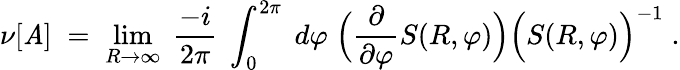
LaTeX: \nu[\mathit{A}]\; =\; \operatorname*{lim}_{R\rightarrow\infty}\; \frac{{-i}}{{2\pi}}\; \int_{0}^{2\pi}\; d\varphi\; \Big(\frac{{\partial}}{{\partial\varphi}}S(R,\varphi)\Big)\Big(S(R,\varphi)\Big)^{-1}\; .